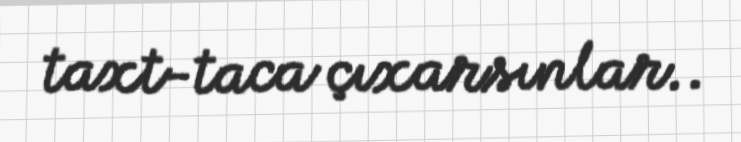
taxt-taca çıxarsınlar..